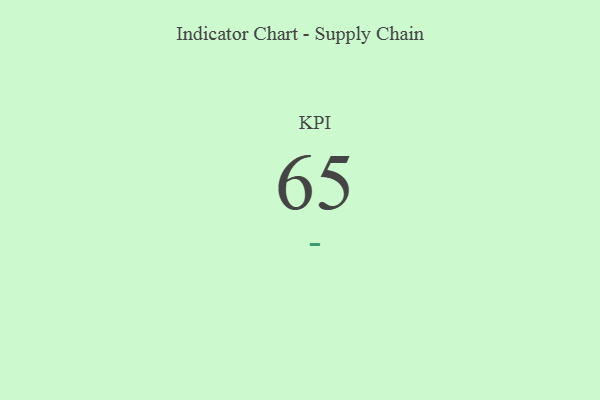
{"axis": {"x": "KPI", "y": "Value"}, "legend": [""], "data": [{"x": "KPI", "y": 65, "type": ""}]}